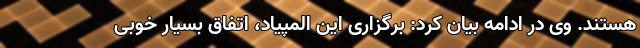
هستند. وی در ادامه بیان کرد: برگزاری این المپیاد، اتفاق بسیار خوبی